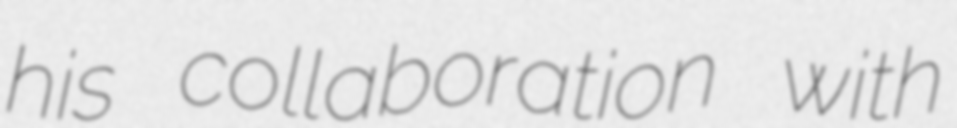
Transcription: his collaboration with